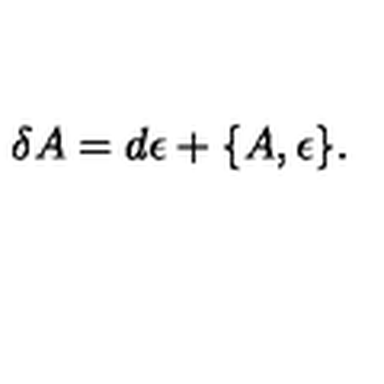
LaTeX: \delta { A } = d { \epsilon } + \{ { A } , { \epsilon } \} .